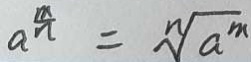
a ^ { \frac { m } { n } } = \sqrt [ n ] { a ^ { m } }